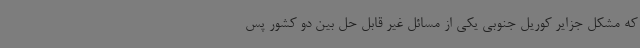
که مشکل جزایر کوریل جنوبی یکی از مسائل غیر قابل حل بین دو کشور پس